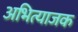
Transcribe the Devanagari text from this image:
अभित्याजक